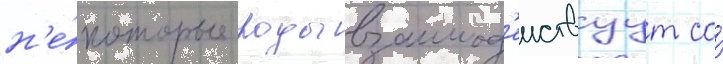
н'е́которые роды взаимод'еиствуут со́